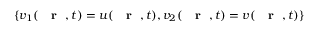
\{ v _ { 1 } ( \mathrm { ~ { ~ \bf ~ r ~ } ~ } , t ) = u ( \mathrm { ~ { ~ \bf ~ r ~ } ~ } , t ) , v _ { 2 } ( \mathrm { ~ { ~ \bf ~ r ~ } ~ } , t ) = v ( \mathrm { ~ { ~ \bf ~ r ~ } ~ } , t ) \}